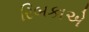
રિબકાએ